King Institute of Preventive Medicine Micro-Biological Section reports 1912-19
Year: 1912
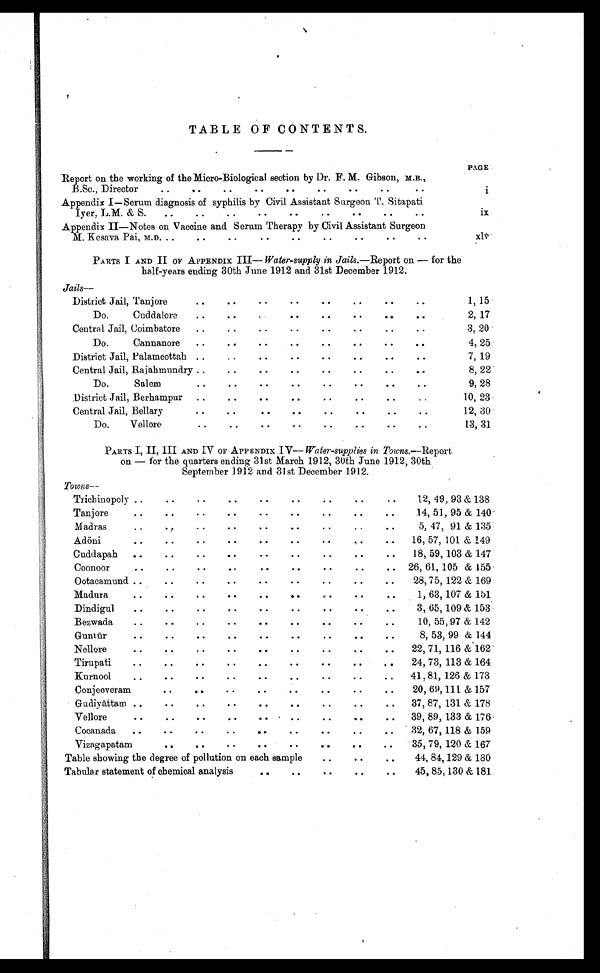
TABLE OF CONTENTS.
PAGE
Report on the working of the Micro-Biological section by Dr. F. M. Gibson, M.B.,
B.Sc., Director
i
Appendix I–Serum diagnosis of syphilis by Civil Assistant Surgeon T. Sitapati
Iyer, L.M. & S.
ix
Appendix II—Notes on Vaccine and Serum Therapy by Civil Assistant Surgeon
M. Kesava Pai, M.D.
x v
PARTS I AND II OF APPENDIX III — Water-supply in Jails .—Report on — for the
half-years ending 30th June 1912 and 31st December 1912.
Jails
—
District Jail, Tanjore
1, 15
Do. Cuddalore
2, 17
Central Jail, Coimbatore
3, 20
Do. Cannanore
4, 25
District Jail, Palamcottah
7, 19
Central Jail, Rajahmundry
8, 22
Do. Salem
9, 28
District Jail, Berhampur
10, 23
Central Jail, Bellary
12, 30
Do. Vellore
13, 31
PARTS I, II, III AND IV OF APPENDIX IV— Water-supplies in Towns.—Report
on — for the quarters ending 31st March 1912, 30th June 1912, 30th
September 1912 and 31st December 1912.
T o w n s —
Trichinopoly
12, 49, 93 & 138
T a n j o r e
14, 51, 95 & 140
M a d r a s
5, 47, 91 & 135
A d ö n i
16, 57, 101 & 149
C u d d a p a h
18, 59, 103 & 147
Coonoor
26, 61, 105 & 155
O o t a c a m u n d
28, 75, 122 & 169
Madura
1, 63, 107 & 151
D i n d i g u l
3, 65, 109 & 153
Bezwada
10, 55, 97 & 142
Guntür
8, 53, 99 & 144
Nellore
22, 71, 116 & 162
T i r u p a t i
24, 73, 113 & 164
Kurnool
41, 81, 126 & 173
Conjeeveram
20, 69, 111 & 157
G u d i y ä t t a m
37, 87, 131 & 178
Vellore
39, 89, 133 & 176
C o c a n a d a
32, 67, 118 & 159
Vizagapatam
35, 79, 120 & 167
T a b l e s h o w i n g t h e d e g r e e o f p o l l u t i o n o n e a c h s a m p l e
44, 84, 129 & 180
Tabular statement of chemical analysis
45, 85, 130 & 181